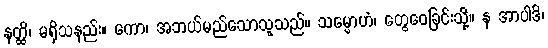
နတ္ထိ၊ မရှိသနည်း။ ကော၊ အဘယ်မည်သောသူသည်။ သမ္မောဟံ၊ တွေဝေခြင်းသို့။ န အာပါဒိ၊